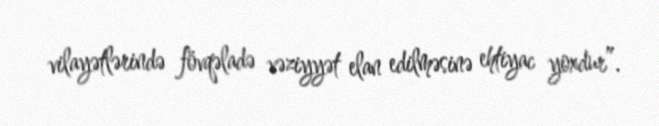
vilayətlərində fövqəladə vəziyyət elan edilməsinə ehtiyac yoxdur”.